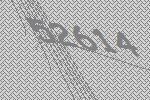
52614